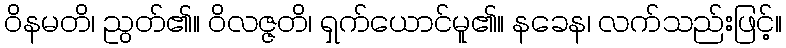
ဝိနမတိ၊ ညွတ်၏။ ဝိလဇ္ဇတိ၊ ရှက်ယောင်မူ၏။ နခေန၊ လက်သည်းဖြင့်။